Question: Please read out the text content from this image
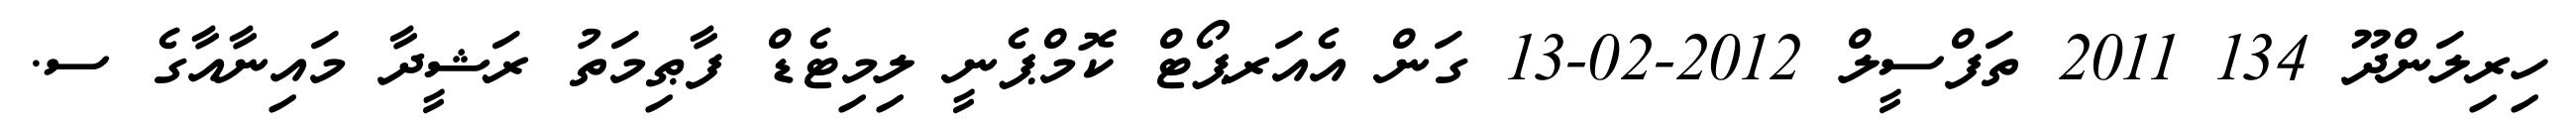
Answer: ހިރިލަންދޫ 134 2011 ތަފްސީލް 2012-02-13 ގަން އެއަރޕޯޓް ކޮމްޕެނީ ލިމިޓެޑް ފާޠިމަތު ރަޝީދާ މައިނާއާގެ ސ.